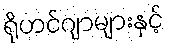
ရိုဟင်ဂျာများနှင့်